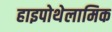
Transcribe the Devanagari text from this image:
हाइपोथेलामिक